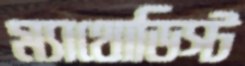
ম্যাথোডিস্ট